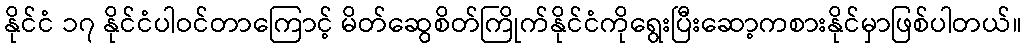
နိုင်ငံ ၁၇ နိုင်ငံပါဝင်တာကြောင့် မိတ်ဆွေစိတ်ကြိုက်နိုင်ငံကိုရွေးပြီးဆော့ကစားနိုင်မှာဖြစ်ပါတယ်။